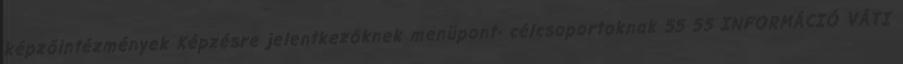
képzőintézmények Képzésre jelentkezőknek menüpont- célcsoportoknak 55 55 INFORMÁCIÓ VÁTI